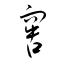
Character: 窖